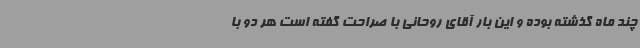
چند ماه گذشته بوده و این بار آقای روحانی با صراحت گفته است هر دو با